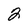
Character: 2